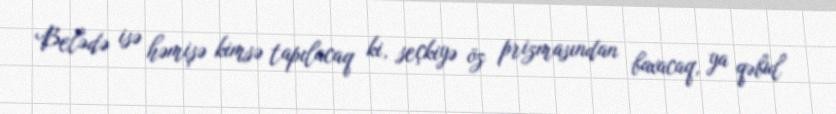
Belədə isə həmişə kimsə tapılacaq ki, seçkiyə öz prizmasından baxacaq, ya qəbul